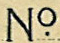
No.